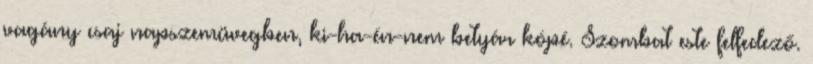
vagány csaj napszemüvegben, ki-ha-én-nem betyár kópé. Szombat este felfedező.